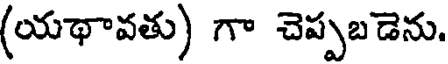
(యథావతు) గా చెప్పబడెను.